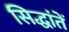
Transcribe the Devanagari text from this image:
सिद्धांतें